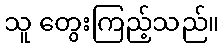
သူ တွေးကြည့်သည်။